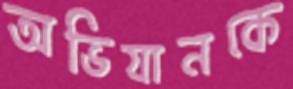
অভিযানকে